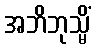
အဘိဘုသ္မိံ